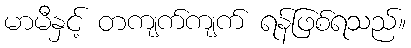
မာမီနှင့် တကျက်ကျက် ရန်ဖြစ်ရသည်။